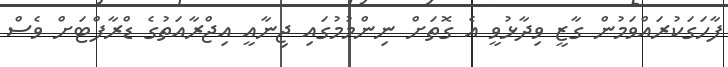
ފާހަގަކުރައްވަމުން ގާޒީ ވިދާޅުވީ އެ ގޮތަށް ނިންމުމުގައި ޖިނާއީ އިޖްރާއަތުގެ ޑްރާފްޓަށް ވެސް